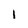
Character: l